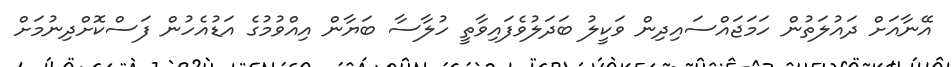
އޭނާއަށް ދައުލަތުން ހަމަޖައްސައިދިން ވަކީލު ބަދަލުވެފައިވާތީ ހުލާސާ ބަޔާން އިއްވުމުގެ އަޑުއެހުން ފަސްކޮށްދިނުމަށް